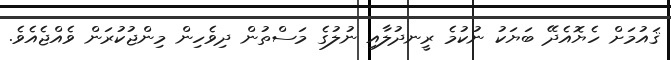
ޤައުމަށް ހެޔޮއެދޭ ބަޔަކު ނުކުމެ ރީނދުލާއި ނުލުގެ މަސްތުން ދިވެހިން މިންޖުކުރަން ވެއްޖެއެވެ.